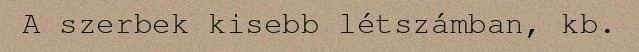
A szerbek kisebb létszámban, kb.